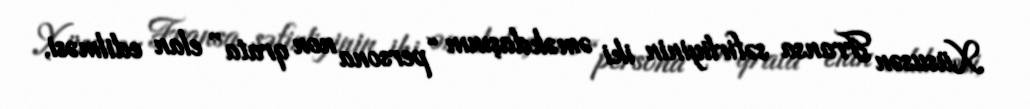
Xüsusən Fransa səfirliyinin iki əməkdaşının “persona non qrata” elan edilməsi,